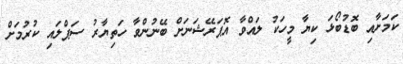
ކަމަށާއި ބޮޑުބޯޅަ ކިޔާ މީހަކު ލައްވާ އޮޕަރޭޝަނަށް ބޭނުންވާ ހަތިޔާރު ސަޕްލައި ކުރުމަށް